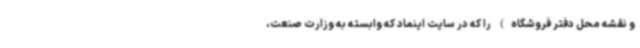
و نقشه محل دفتر فروشگاه) را که در سایت اینماد که وابسته به وزارت صنعت،